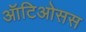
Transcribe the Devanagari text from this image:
ऑटिओसस